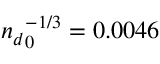
{ n _ { d } } _ { 0 } ^ { - 1 / 3 } = 0 . 0 0 4 6